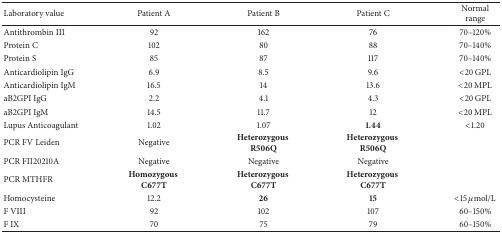
<table><thead><tr><td><b>Laboratory value </b></td><td><b>Patient A</b></td><td><b>Patient B</b></td><td><b>Patient C</b></td><td><b>Normal range</b></td></tr></thead><tbody><tr><td>Antithrombin III</td><td>92</td><td>162</td><td>76</td><td>70–120%</td></tr><tr><td>Protein C</td><td>102</td><td>80</td><td>88</td><td>70–140%</td></tr><tr><td>Protein S</td><td>85</td><td>87</td><td>117</td><td>70–140%</td></tr><tr><td>Anticardiolipin IgG</td><td>6.9</td><td>8.5</td><td>9.6</td><td>&lt;20 GPL</td></tr><tr><td>Anticardiolipin IgM</td><td>16.5</td><td>14</td><td>13.6</td><td>&lt;20 MPL</td></tr><tr><td>aB2GPI IgG</td><td>2.2</td><td>4.1</td><td>4.3</td><td>&lt;20 GPL</td></tr><tr><td>aB2GPI IgM</td><td>14.5</td><td>11.7</td><td>12</td><td>&lt;20 MPL</td></tr><tr><td>Lupus Anticoagulant</td><td>1.02</td><td>1.07</td><td><b>1.44</b></td><td>&lt;1.20</td></tr><tr><td>PCR FV Leiden</td><td>Negative</td><td><b>Heterozygous</b> <b>R506Q</b></td><td><b>Heterozygous</b> <b>R506Q</b></td><td> </td></tr><tr><td>PCR FII20210A</td><td>Negative</td><td>Negative</td><td>Negative</td><td> </td></tr><tr><td>PCR MTHFR</td><td><b>Homozygous</b> <b>C677T</b></td><td><b>Heterozygous</b> <b>C677T</b></td><td><b>Heterozygous</b> <b>C677T</b></td><td> </td></tr><tr><td>Homocysteine</td><td>12.2</td><td><b>26</b></td><td><b>15</b></td><td>&lt;15 <i>μ</i>mol/L</td></tr><tr><td>F VIII</td><td>92</td><td>102</td><td>107</td><td>60–150%</td></tr><tr><td>F IX</td><td>70</td><td>75</td><td>79</td><td>60–150%</td></tr></tbody></table>